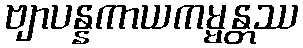
ဗျာပန္နကာယကမ္မန္တဿ